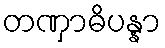
တဏှာဓိပန္နာ